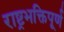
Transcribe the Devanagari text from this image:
राष्ट्रभक्तिपूर्ण